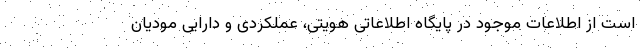
است از اطلاعات موجود در پایگاه اطلاعاتی هویتی، عملکردی و دارایی مودیان